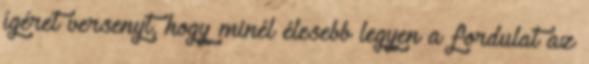
ígéret versenyt, hogy minél élesebb legyen a fordulat az